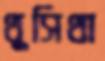
থুসিথা